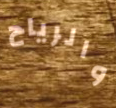
والرياح